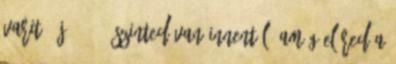
varit. -Jó 10-15 szinted van innentől, amíg eléred a